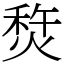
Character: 㷏